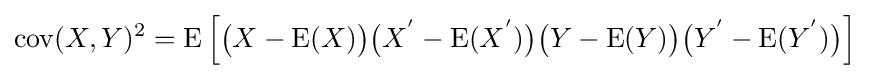
\operatorname {cov} (X,Y)^{2}=\operatorname {E} \left[{\big (}X-\operatorname {E} (X){\big )}{\big (}X^{\mathrm {'} }-\operatorname {E} (X^{\mathrm {'} }){\big )}{\big (}Y-\operatorname {E} (Y){\big )}{\big (}Y^{\mathrm {'} }-\operatorname {E} (Y^{\mathrm {'} }){\big )}\right]